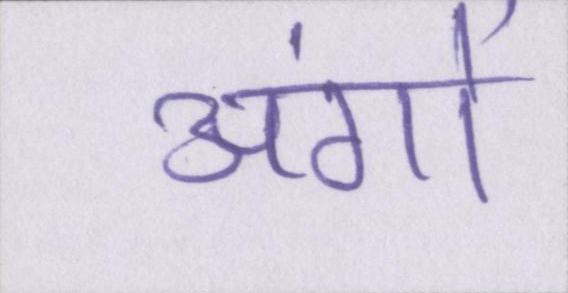
अंगों